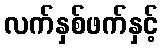
လက်နှစ်ဖက်နှင့်